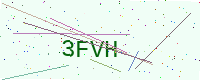
Text: 3FVH